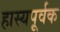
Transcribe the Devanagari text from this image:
हास्यपूर्वक